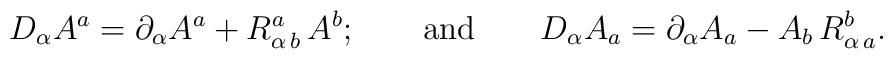
D_\alpha A^a=\partial _\alpha A^a+R_{\alpha \,b}^a\,A^b;\qquad {\rm and}\qquad D_\alpha A_a=\partial _\alpha A_a-A_b\,R_{\alpha \,a}^b.